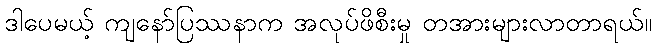
ဒါပေမယ့် ကျနော်ပြဿနာက အလုပ်ဖိစီးမှု တအားများလာတာရယ်။